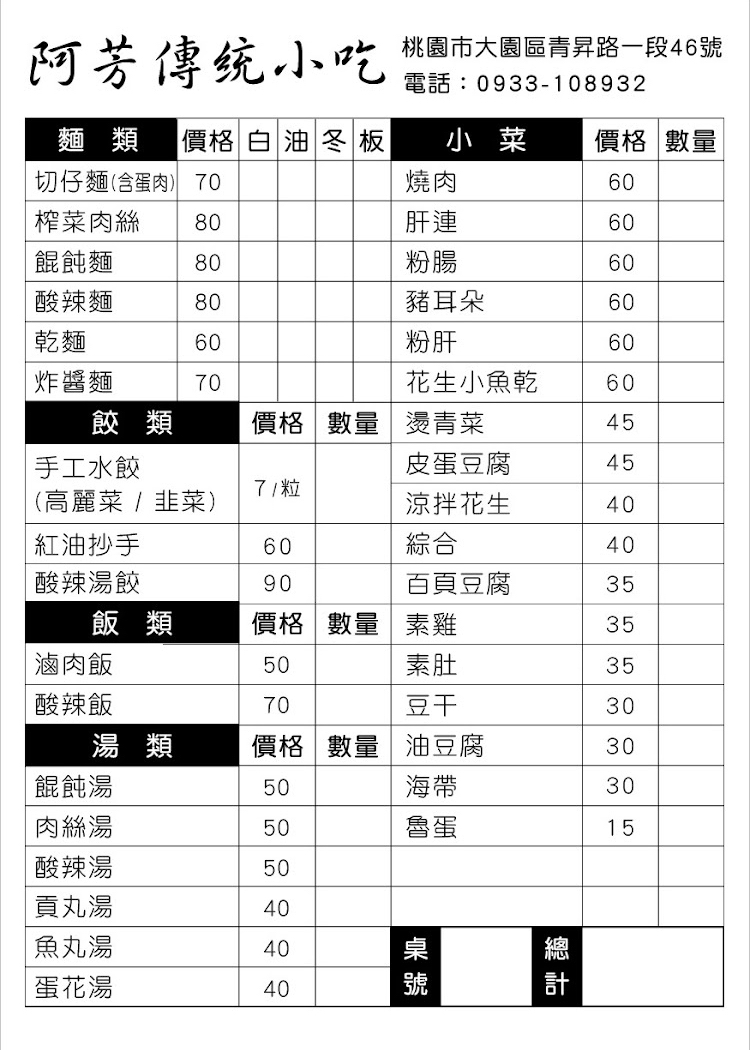
餐廳：阿芳傳統小吃
地址：桃園市大園區青昇路一段46號
電話：0933-108932
菜單：
name: 切仔麵(含蛋肉)
price: 70
name: 榨菜肉絲麵
price: 80
name: 餛飩麵
price: 80
name: 酸辣麵
price: 80
name: 乾麵
price: 60
name: 炸醬麵
price: 70
name: 手工水餃(高麗菜/韭菜)
price: 7
name: 紅油抄手
price: 60
name: 酸辣湯餃
price: 90
name: 滷肉飯
price: 50
name: 酸辣飯
price: 70
name: 餛飩湯
price: 50
name: 肉絲湯
price: 50
name: 酸辣湯
price: 50
name: 貢丸湯
price: 40
name: 魚丸湯
price: 40
name: 蛋花湯
price: 40
name: 燒肉
price: 60
name: 肝連
price: 60
name: 粉腸
price: 60
name: 豬耳朵
price: 60
name: 粉肝
price: 60
name: 花生小魚乾
price: 60
name: 燙青菜
price: 45
name: 皮蛋豆腐
price: 45
name: 涼拌花生
price: 40
name: 綜合
price: 40
name: 百頁豆腐
price: 35
name: 素雞
price: 35
name: 素肚
price: 35
name: 豆干
price: 30
name: 油豆腐
price: 30
name: 海帶
price: 30
name: 滷蛋
price: 15